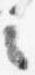
言